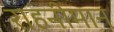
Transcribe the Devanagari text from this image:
राहनीमान